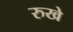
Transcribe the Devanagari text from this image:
रुखे